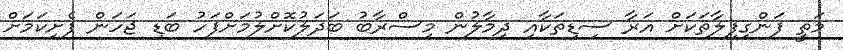
މަތީ ފަންގިފިލާތަކަށް އަރާ ސިޑިތަކާއި ދިމާލުން މިސްރާބު ބަދަލުކޮށްލުމަށްފަހު ބަޑި ޖަހަން ފެށިކަމަށް